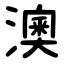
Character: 澳